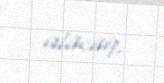
alacaq.